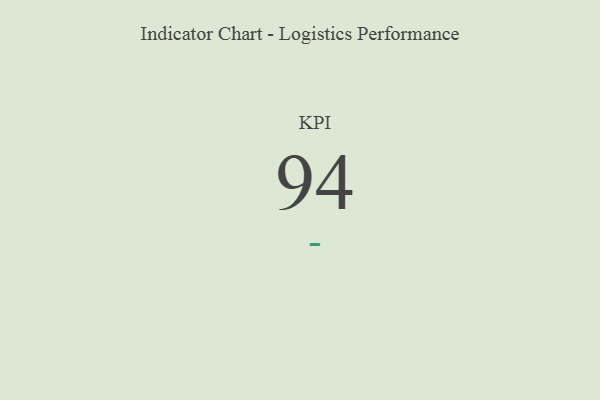
{"axis": {"x": "KPI", "y": "Value"}, "legend": [""], "data": [{"x": "KPI", "y": 94, "type": ""}]}